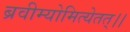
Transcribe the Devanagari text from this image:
ब्रवीम्योमित्येतत्।।